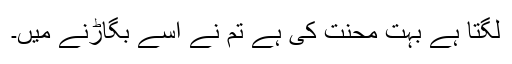
لگتا ہے بہت محنت کی ہے تم نے اسے بگاڑنے میں۔